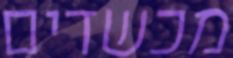
מכשדים